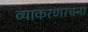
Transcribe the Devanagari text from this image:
व्याकरणरचना